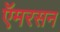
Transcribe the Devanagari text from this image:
ऍमरसन